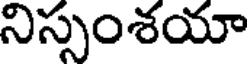
నిస్సంశయా